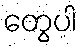
တွေပါ